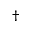
^ { \dagger }